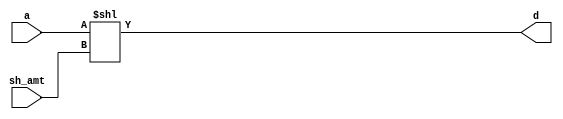
`timescale 1ns / 1ps
//////////////////////////////////////////////////////////////////////////////////
// Module Name: SHL
// Group: amarnathajay_ankurlimaye
//////////////////////////////////////////////////////////////////////////////////


module SHL( a, sh_amt, d );

    parameter DATAWIDTH = 16;
    input [DATAWIDTH-1:0] a, sh_amt;
    output reg [DATAWIDTH-1:0] d;
    
    always @ ( a, sh_amt ) begin
        d <= a << sh_amt;
    end
endmodule